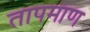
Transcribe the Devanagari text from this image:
तापमाण